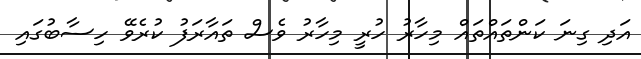
އަދި ގިނަ ކަންތައްތައް މިހާރު ހުރީ މިހާރު ވެސް ތައާރަފު ކުރެވޭ ހިސާބުގައި